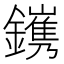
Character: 𨭽